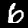
Label: 6